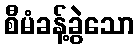
စီမံခန့်ခွဲသော